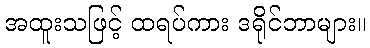
အထူးသဖြင့် ထရပ်ကား ဒရိုင်ဘာများ။